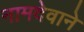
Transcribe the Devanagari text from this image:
नामदेवाने